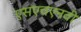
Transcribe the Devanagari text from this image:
एसएचएनवी